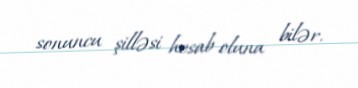
sonuncu şilləsi hesab oluna bilər.